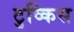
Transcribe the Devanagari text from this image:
टुव्किस